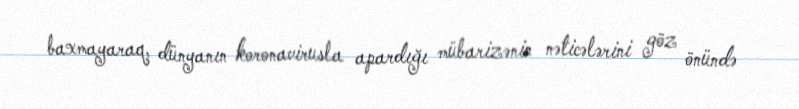
baxmayaraq, dünyanın koronavirusla apardığı mübarizənin nəticələrini göz önündə